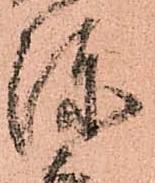
陣